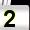
Digit: 2